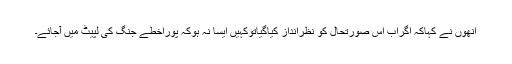
انھوں نے کہاکہ اگراب اس صورتحال کو نظرانداز کیاگیاتوکہیں ایسا نہ ہوکہ پوراخطے جنگ کی لپیٹ میں آجائے۔